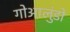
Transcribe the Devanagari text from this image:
गोआलुंडो